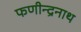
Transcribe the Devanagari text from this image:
फणीन्द्रनाथ